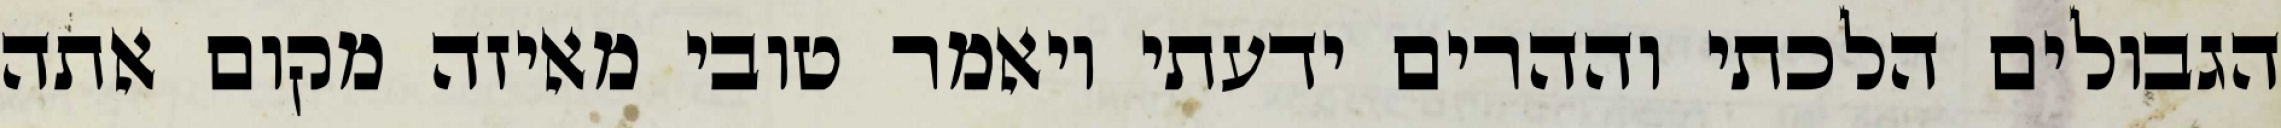
הגבולים הלכתי וההרים ידעתי ויאמר טובי מאיזה מקום אתה